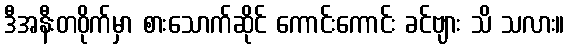
ဒီအနီးတဝိုက်မှာ စားသောက်ဆိုင် ကောင်းကောင်း ခင်ဗျား သိ သလား။